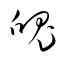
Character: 魄